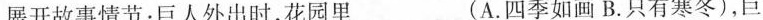
展开故事情节：巨人外出时，花园里___(A.四季如画 B.只有寒冬)，巨